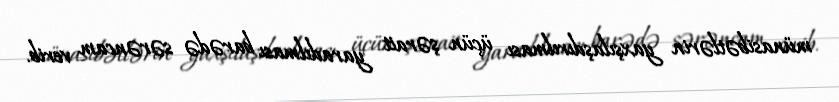
münasibətlərin yaxşılaşdırılması üçün şərait yaradılması barədə sərəncam verib.